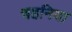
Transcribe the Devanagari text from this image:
चहनिया